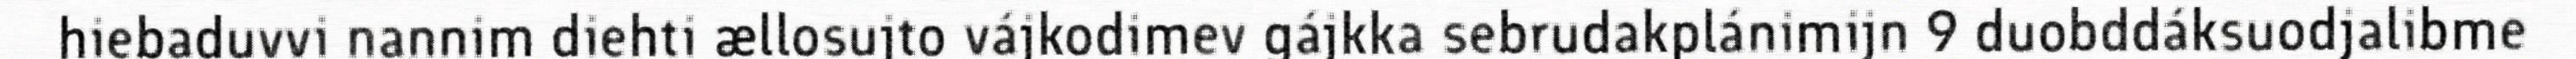
hiebaduvvi nannim diehti ællosujto vájkodimev gájkka sebrudakplánimijn 9 duobddáksuodjalibme